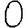
Digit: 0